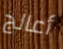
أعالج